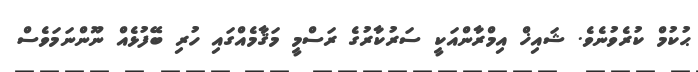
ޙުކުމް ކުރެވުނެވެ. ޝައިޚް އިމްރާންއަކީ ސަރުކާރުގެ ރަސްމީ މަޤާމެއްގައި ހުރި ބޭފުޅެއް ނޫންނަމަވެސް